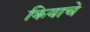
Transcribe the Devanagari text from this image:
कियाचे